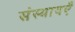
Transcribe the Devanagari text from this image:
संस्थायएँ